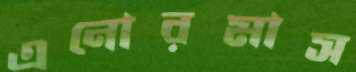
এনোরমাস